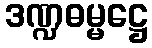
ဒဏ္ဍဓမ္မဋ္ဌေ